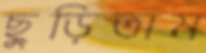
ছুড়িতাম